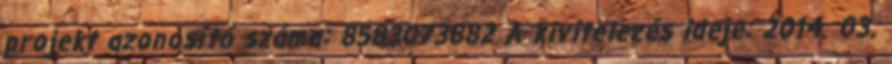
projekt azonosító száma: 8583073882 A kivitelezés ideje: 2014. 03.